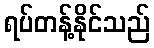
ရပ်တန့်နိုင်သည်